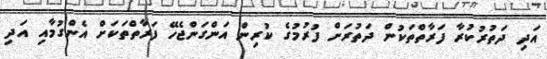
އަދި ދަތުރުކުރާ ފަރާތްތަކުން ދަތުރަށް ފުރުމުގެ ކުރިން އަންގަންޖެހޭ ފަރާތްތަކަށް އެންގުމާއި އަދި